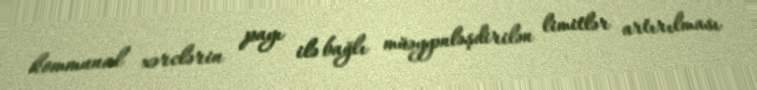
kommunal xərclərin payı ilə bağlı müəyyənləşdirilən limitlər artırılması